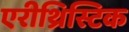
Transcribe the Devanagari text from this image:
एरीथ्रिस्टिक